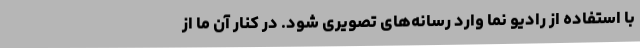
با استفاده از رادیو نما وارد رسانه‌های تصویری شود. در کنار آن ما از